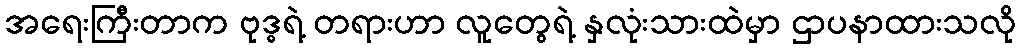
အရေးကြီးတာက ဗုဒ္ဓရဲ့ တရားဟာ လူတွေရဲ့ နှလုံးသားထဲမှာ ဌာပနာထားသလို